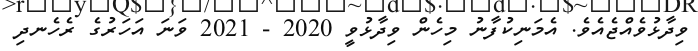
ވިދާޅުވެއްޖެއެވެ. އެމަނިކުފާނު މިހެން ވިދާޅުވީ 2020 - 2021 ވަނަ އަހަރުގެ ރެހެނދި